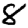
Digit: 8